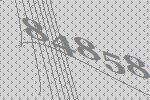
84858